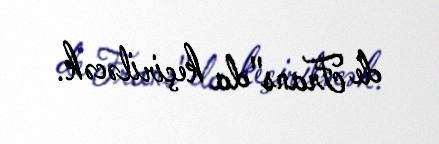
de Frans"da keçiriləcək.